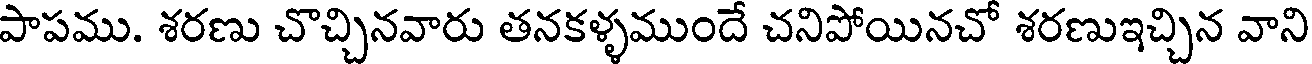
పాపము. శరణు చొచ్చినవారు తనకళ్ళముందే చనిపోయినచో శరణుఇచ్చిన వాని